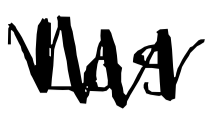
Text: Los
Cross-out: zig-zag
Writing tool: digital_black